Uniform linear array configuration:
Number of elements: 48
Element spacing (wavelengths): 0.5
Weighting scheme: kaiser
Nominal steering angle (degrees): -60
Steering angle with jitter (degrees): -59.681
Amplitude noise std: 0.05
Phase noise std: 0.05

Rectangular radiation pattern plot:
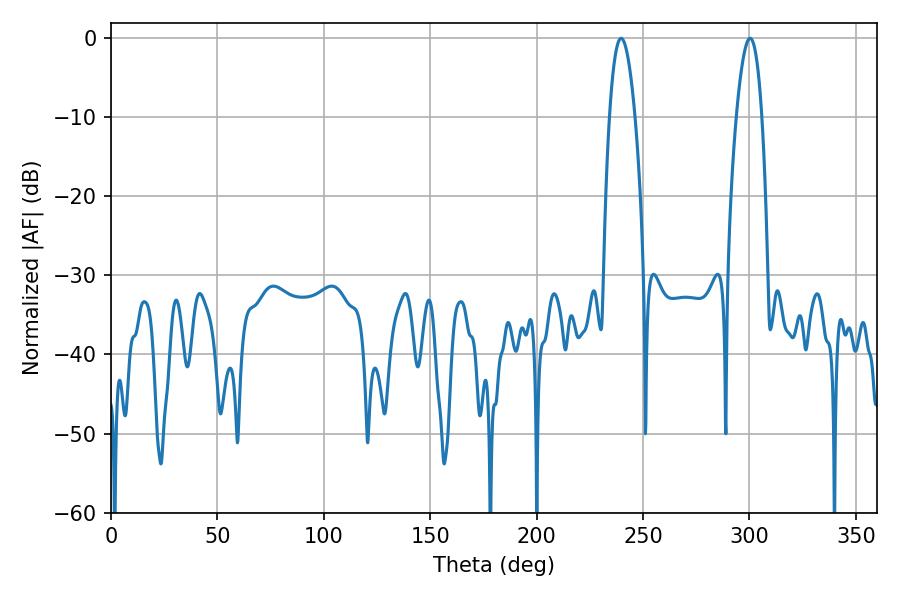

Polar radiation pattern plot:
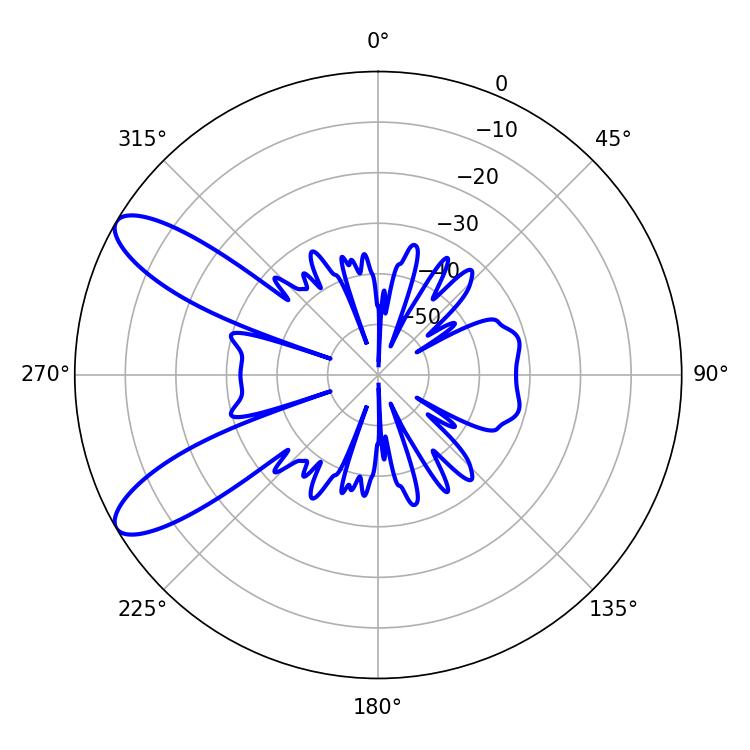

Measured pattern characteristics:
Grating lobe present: FALSE
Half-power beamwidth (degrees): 6.66
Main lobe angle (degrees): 239.76